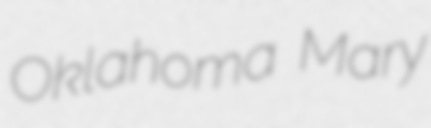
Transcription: Oklahoma Mary